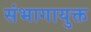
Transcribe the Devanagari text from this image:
संभागायुक्त